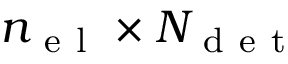
{ n _ { \mathrm { ~ e ~ l ~ } } } \times { N _ { \mathrm { ~ d ~ e ~ t ~ } } }